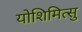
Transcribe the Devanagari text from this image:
योशिमित्सु